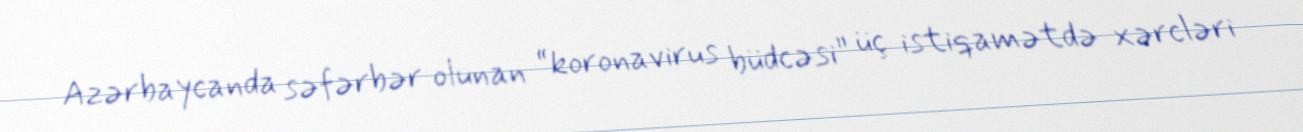
Azərbaycanda səfərbər olunan “koronavirus büdcəsi” üç istiqamətdə xərcləri